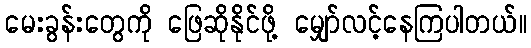
မေးခွန်းတွေကို ဖြေဆိုနိုင်ဖို့ မျှော်လင့်နေကြပါတယ်။